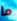
ما